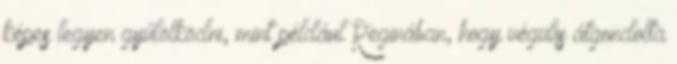
képes legyen gyűlölködni, mint például Reginában, hogy végülis átgondolta